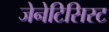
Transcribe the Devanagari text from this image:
जेनेटिसिस्ट